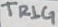
Text: TRIG